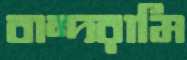
বান্দরামি